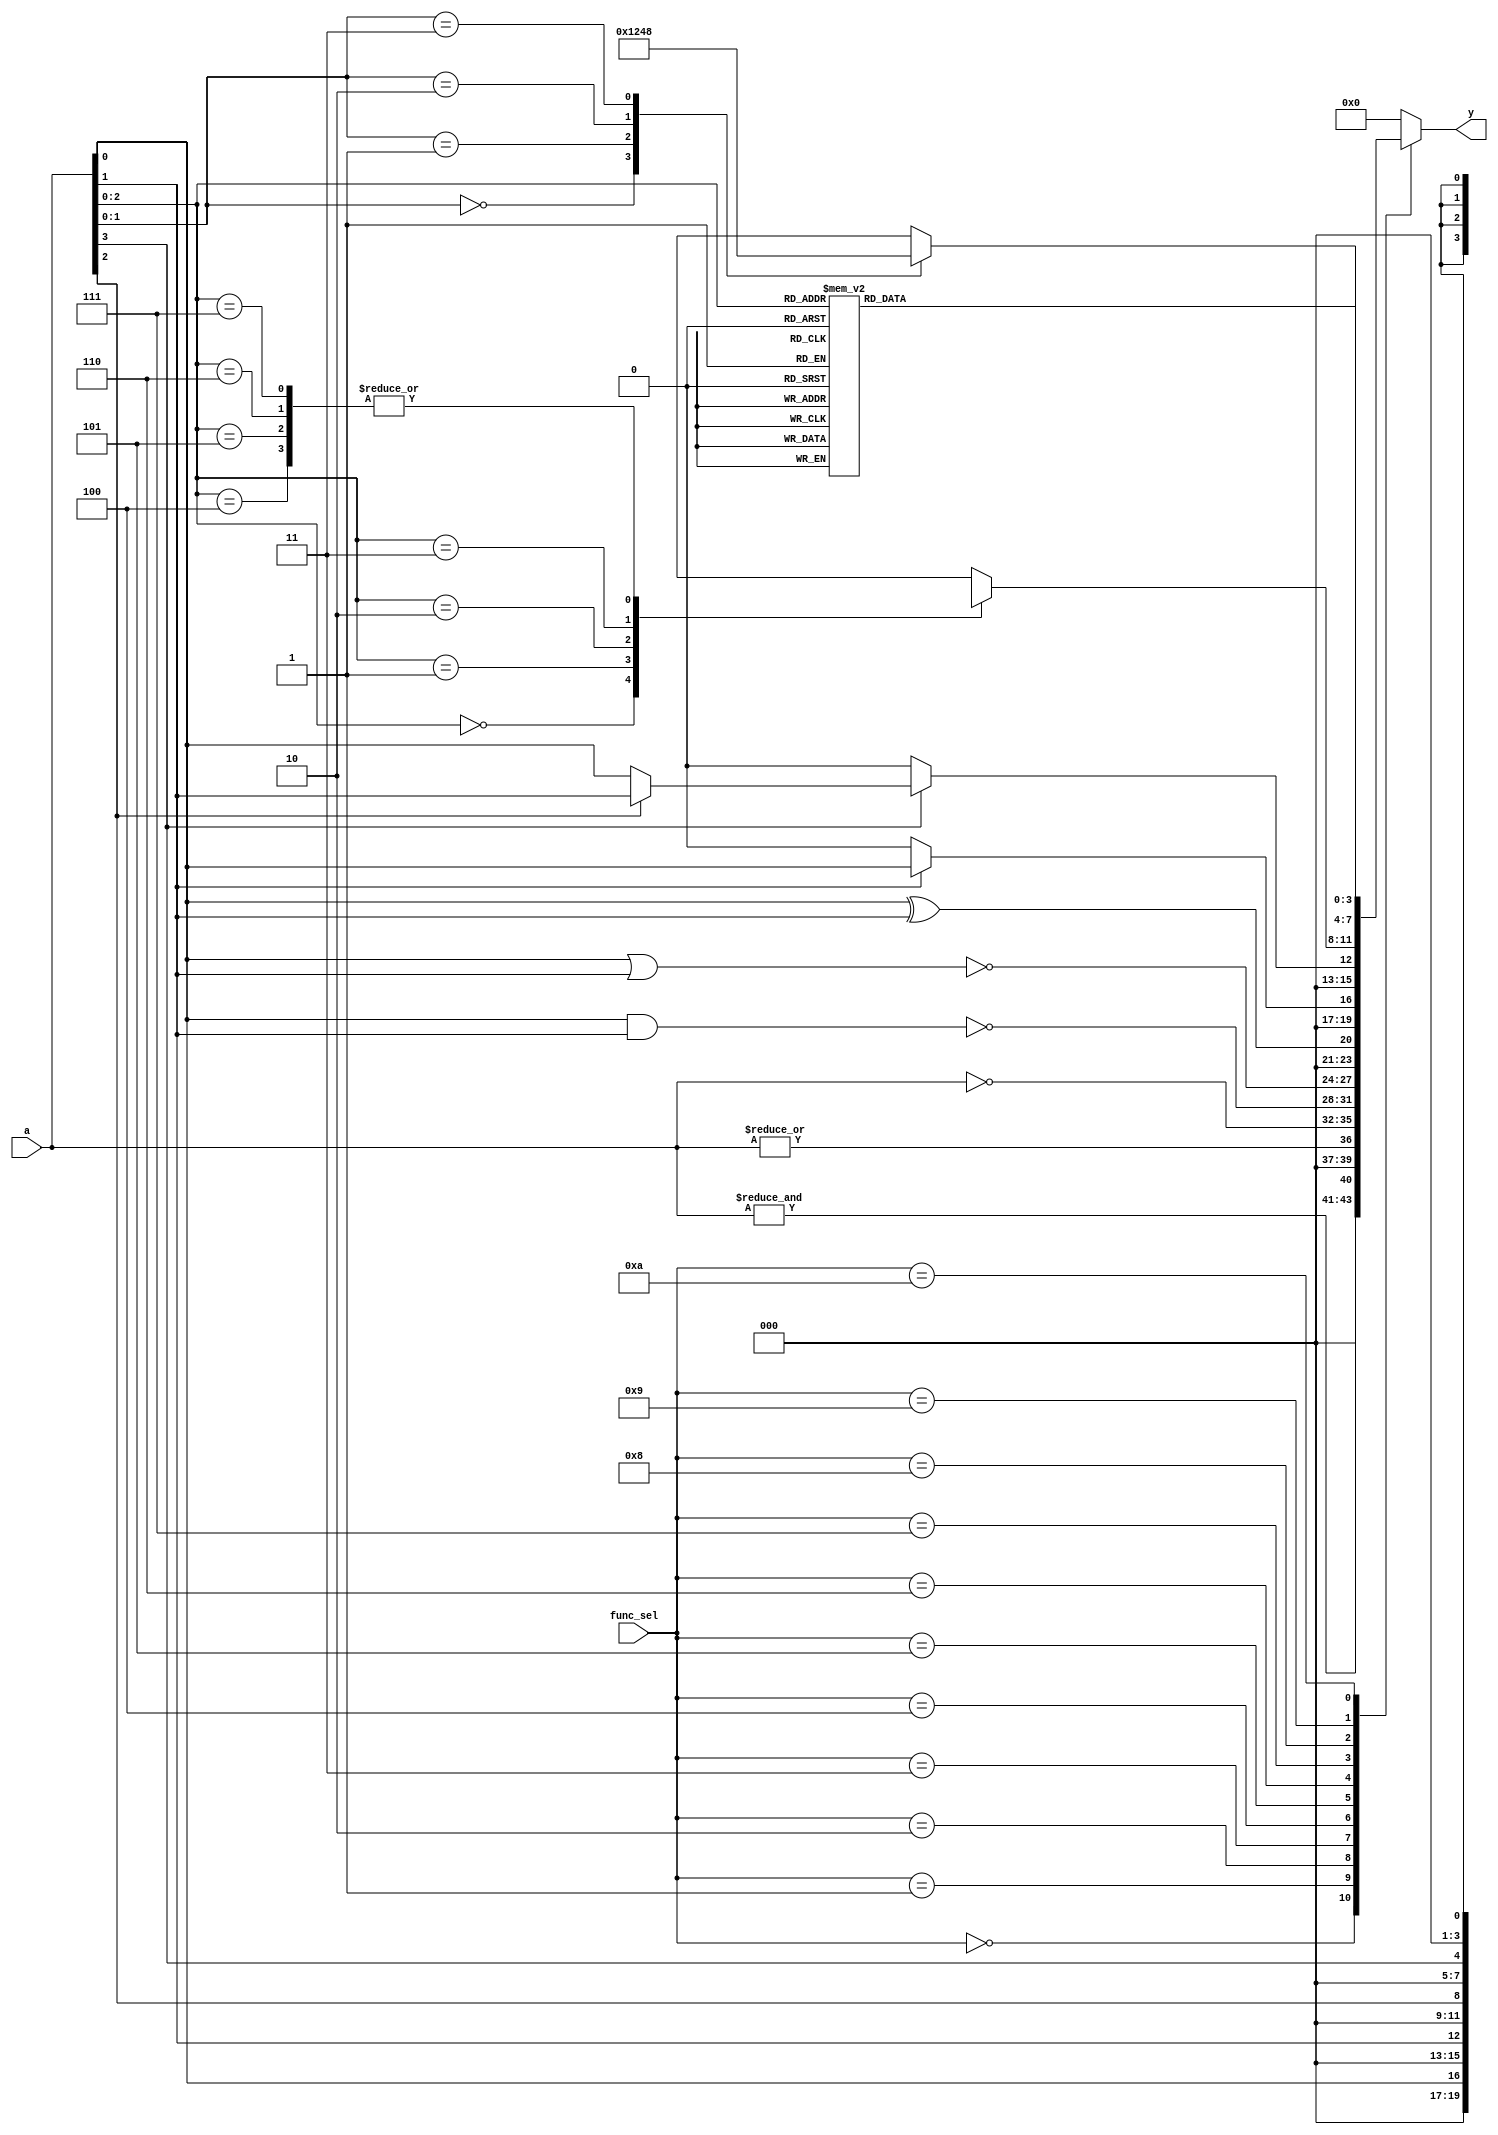
module combinational_logic_block #(
    parameter NUM_INPUTS = 4,      // Number of inputs (2 to 16)
    parameter FUNC_SEL_WIDTH = 4    // Function selection width (to choose among multiple functionalities)
)(
    input  [NUM_INPUTS-1:0] a,     // Input vector
    input  [FUNC_SEL_WIDTH-1:0] func_sel, // Function selection
    output reg [NUM_INPUTS-1:0] y   // Output vector
);

// Function selection codes
localparam AND_FUNC  = 4'b0000;
localparam OR_FUNC   = 4'b0001;
localparam NOT_FUNC  = 4'b0010;
localparam NAND_FUNC = 4'b0011;
localparam NOR_FUNC  = 4'b0100;
localparam XOR_FUNC  = 4'b0101;
localparam MUX2_FUNC = 4'b0110; // 2-to-1 MUX
localparam MUX4_FUNC = 4'b0111; // 4-to-1 MUX
localparam MUX8_FUNC = 4'b1000; // 8-to-1 MUX
localparam DEC2_FUNC = 4'b1001; // 2-to-4 Decoder
localparam DEC3_FUNC = 4'b1010; // 3-to-8 Decoder

// Combinational logic implementation
always @(*) begin
    case (func_sel)
        AND_FUNC:  y = &a;  // AND operation
        OR_FUNC:   y = |a;  // OR operation
        NOT_FUNC:  y = ~a;  // NOT operation (assume single input for NOT)
        NAND_FUNC: y = ~(a[0] & a[1]); // NAND for first two inputs
        NOR_FUNC:  y = ~(a[0] | a[1]);  // NOR for first two inputs
        XOR_FUNC:  y = a[0] ^ a[1];  // XOR for first two inputs
        MUX2_FUNC: y = a[1] ? a[0] : 1'b0; // 2-to-1 MUX
        MUX4_FUNC: y = (a[3] ? (a[2] ? a[1] : a[0]) : 1'b0); // 4-to-1 MUX
        MUX8_FUNC: begin
            case (a[2:0]) // Assuming a[2:0] for select lines
                3'b000: y = a[0];
                3'b001: y = a[1];
                3'b010: y = a[2];
                3'b011: y = a[3];
                3'b100: y = a[4];
                3'b101: y = a[5];
                3'b110: y = a[6];
                3'b111: y = a[7];
                default: y = 1'b0;
            endcase
        end
        DEC2_FUNC: begin // 2-to-4 Decoder
            case (a[1:0])
                2'b00: y = 4'b0001;
                2'b01: y = 4'b0010;
                2'b10: y = 4'b0100;
                2'b11: y = 4'b1000;
                default: y = 4'b0000;
            endcase
        end
        DEC3_FUNC: begin // 3-to-8 Decoder
            case (a[2:0])
                3'b000: y = 8'b00000001;
                3'b001: y = 8'b00000010;
                3'b010: y = 8'b00000100;
                3'b011: y = 8'b00001000;
                3'b100: y = 8'b00010000;
                3'b101: y = 8'b00100000;
                3'b110: y = 8'b01000000;
                3'b111: y = 8'b10000000;
                default: y = 8'b00000000;
            endcase
        end
        default: y = {NUM_INPUTS{1'b0}}; // Default output
    endcase
end

endmodule